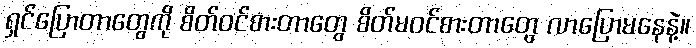
ရှင်ပြောတာတွေကို စိတ်ဝင်စားတာတွေ စိတ်မဝင်စားတာတွေ လာပြောမနေနဲ့။